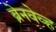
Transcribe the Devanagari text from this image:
ब्रेनवेव्ह